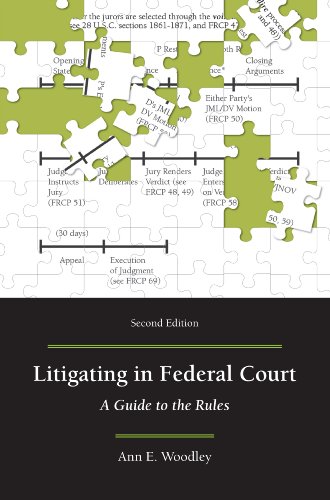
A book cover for Litigating in Federal Court: A Guide to the Rules, Second Edition; Ann E. Woodley; Law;